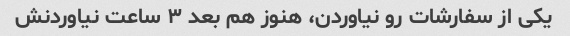
یکی از سفارشات رو نیاوردن، هنوز هم بعد ۳ ساعت نیاوردنش